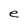
Character: e